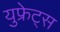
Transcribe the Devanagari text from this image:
युफ्रेट्स